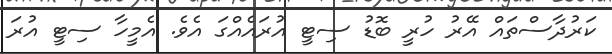
ކަރުދާސްތައް އޭރު ހުރީ ބޮޑު ސިޓީ އުރައެއްގަ އެވެ. އެމީހާ ސިޓީ އުރަ